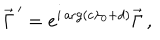
\vec { \Gamma } ^ { \, \prime } = e ^ { i \arg ( c \lambda _ { 0 } + d ) } \vec { \Gamma } \, ,